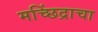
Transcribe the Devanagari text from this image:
मच्छिंद्राचा